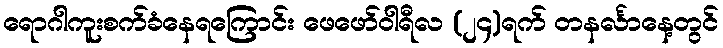
ရောဂါကူးစက်ခံနေရကြောင်း ဖေဖော်ဝါရီလ (၂၄)ရက် တနင်္လာနေ့တွင်